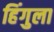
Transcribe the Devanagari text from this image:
हिंगुला